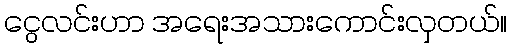
ငွေလင်းဟာ အရေးအသားကောင်းလှတယ်။